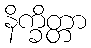
နိက္ခိတ္တာ